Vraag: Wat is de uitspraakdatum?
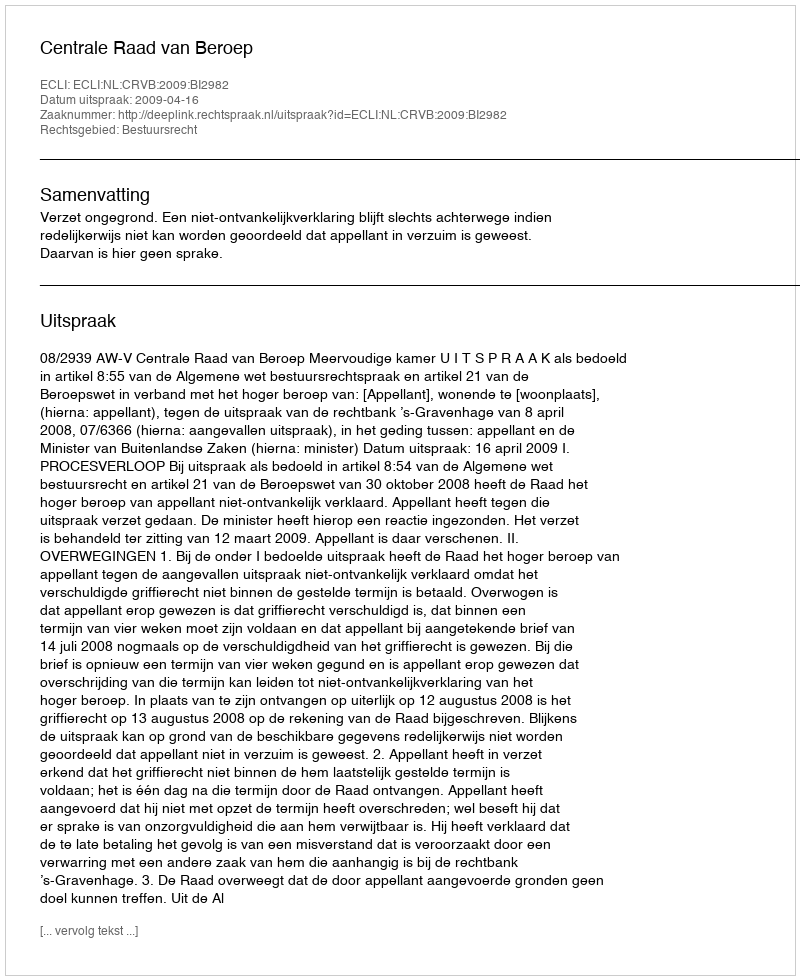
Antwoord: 2009-04-16